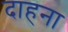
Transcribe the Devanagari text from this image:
दाहना